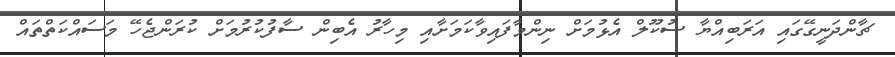
ޗާންދަނީގޭގައި އަރަބިއްޔާ ސުކޫލް އެޅުމަށް ނިންމާފައިވާކަމަށާއި މިހާރު އެބިން ސާފުކުރުމަށް ކުރަންޖެހޭ މަސައްކަތްތައް